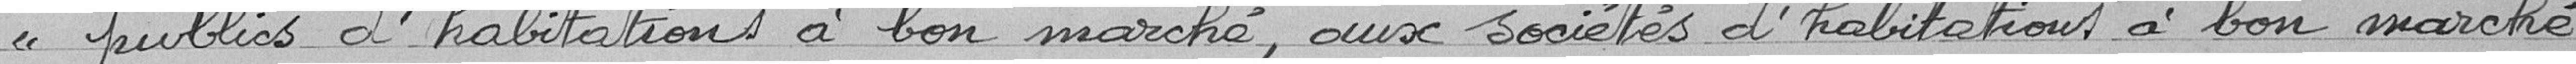
publics d'habitations à bon marché, aux sociétés d’habitations à bon marché